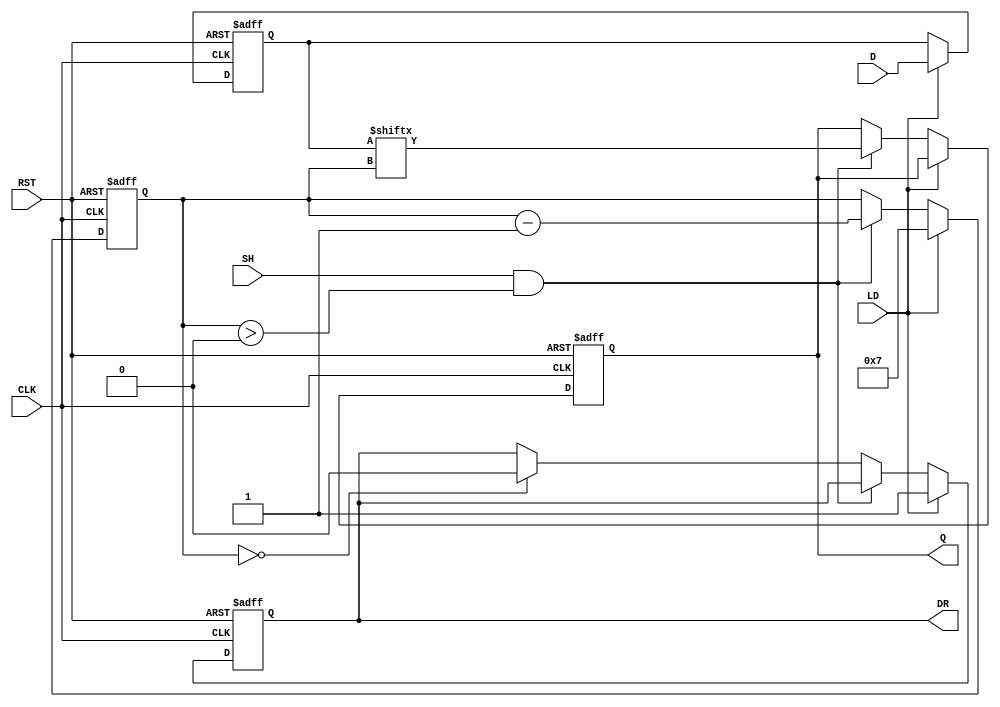
module PISO_Register (
    input wire [7:0] D,       // Parallel Data Input
    input wire LD,            // Load Signal
    input wire SH,            // Shift Signal
    input wire CLK,           // Clock
    input wire RST,           // Reset Signal
    output reg Q,             // Serial Output
    output reg DR             // Data Ready Signal
);

    reg [7:0] shift_reg;      // Internal Storage Register
    reg [3:0] bit_count;      // Bit counter for shifting

    always @(posedge CLK or posedge RST) begin
        if (RST) begin
            shift_reg <= 8'b0; // Clear the register on reset
            Q <= 1'b0;         // Clear serial output
            DR <= 1'b0;        // Clear Data Ready signal
            bit_count <= 4'b0; // Reset bit counter
        end else begin
            if (LD) begin
                shift_reg <= D; // Load parallel data into the shift register
                bit_count <= 4'd7; // Initialize bit counter (7 for 8 bits)
                DR <= 1'b1;     // Assert Data Ready signal
            end else if (SH && bit_count > 0) begin
                Q <= shift_reg[bit_count]; // Shift out the most significant bit
                bit_count <= bit_count - 1; // Decrement bit counter
            end else if (bit_count == 0) begin
                DR <= 1'b0; // Deassert Data Ready signal when done shifting
            end
        end
    end
endmodule